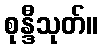
စုန္ဒီသုတ်။